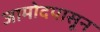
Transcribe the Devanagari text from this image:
जामोदपासून